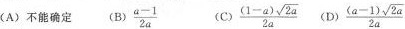
(A)不能确定 (B) $$\frac { a - 1 } { 2 a }$$ (C) $$\frac { ( 1 - a ) \sqrt { 2 a } } { 2 a }$$ (D) $$\frac { ( a - 1 ) \sqrt { 2 a } } { 2 a }$$